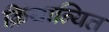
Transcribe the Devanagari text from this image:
क्रियान्यित